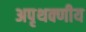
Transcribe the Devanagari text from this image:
अपृथक्णीय